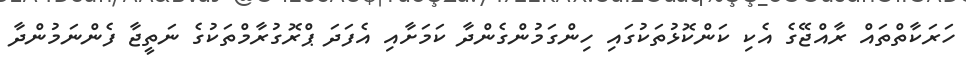
ހަރަކާތްތައް ރާއްޖޭގެ އެކި ކަންކޮޅުތަކުގައި ހިންގަމުންގެންދާ ކަމަށާއި އެފަދަ ޕްރޮގުރާމްތަކުގެ ނަތީޖާ ފެންނަމުންދާ